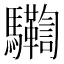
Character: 𩧛